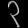
Digit: ၃